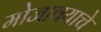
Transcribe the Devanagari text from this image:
मोजावयाचे